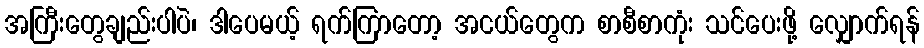
အကြီးတွေချည်းပါပဲ၊ ဒါပေမယ့် ရက်ကြာတော့ အငယ်တွေက စာစီစာကုံး သင်ပေးဖို့ လျှောက်ရန်